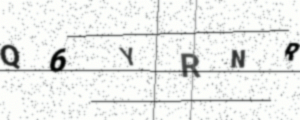
Text: Q6YRNR